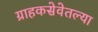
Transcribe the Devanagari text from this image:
ग्राहकसेवेतल्या